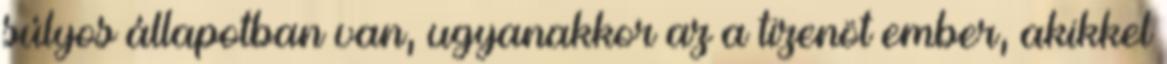
súlyos állapotban van, ugyanakkor az a tizenöt ember, akikkel